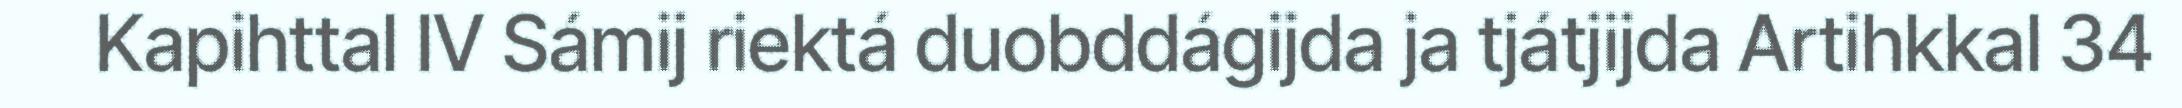
Kapihttal IV Sámij riektá duobddágijda ja tjátjijda Artihkkal 34